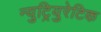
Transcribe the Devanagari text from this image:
न्युट्रियुरेटिक